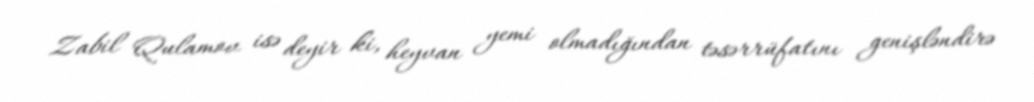
Zabil Qulamov isə deyir ki, heyvan yemi olmadığından təsərrüfatını genişləndirə